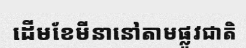
ដើមខែមីនានៅតាមផ្លូវជាតិ